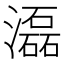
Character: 𤂬